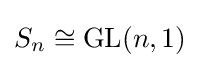
S_{n}\cong \operatorname {GL} (n,1)